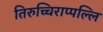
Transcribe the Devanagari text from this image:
तिरुच्चिराप्पल्लि